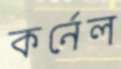
কর্নেল